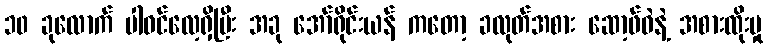
၁၀ ခုလောက် ပါဝင်လေ့ရှိပြီး အခု အော်ရိုင်းယန် ကတော့ ခလုတ်အစား ဆော့ဖ်ဝဲနဲ့ အစားထိုးမှု